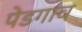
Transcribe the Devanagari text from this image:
पेडगाव